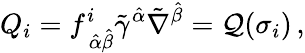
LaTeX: Q_{i}=f_{\, \hat{\alpha}\hat{\beta}}^{i}\tilde{\gamma}^{\hat{\alpha}}\tilde{\nabla}^{\hat{\beta}}={\cal Q}(\sigma_{i})\, ,